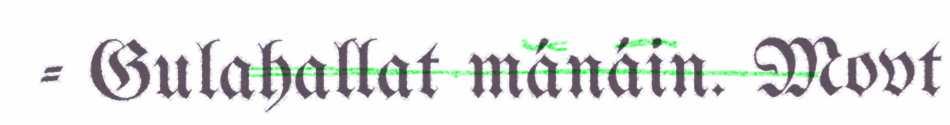
- Gulahallat mánáin. Movt